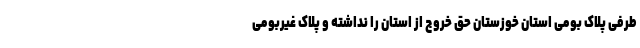
طرفی پلاک بومی استان خوزستان حق خروج از استان را نداشته و پلاک غیربومی